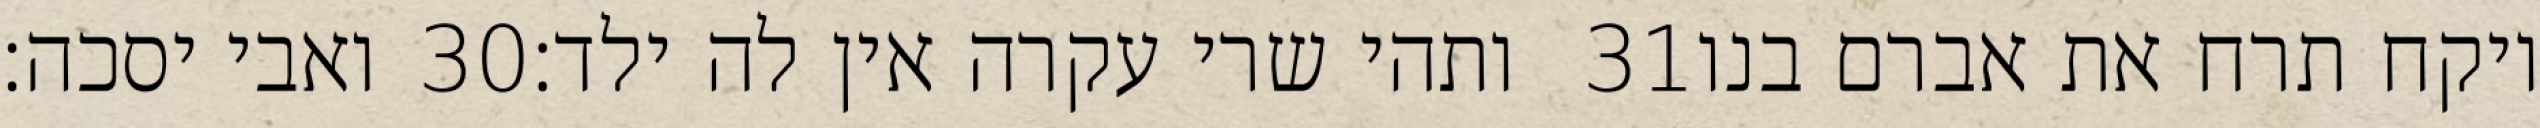
ואבי יסכה׃ ‎30‏ ותהי שרי עקרה אין לה ילד׃ ‎31‏ ויקח תרח את אברם בנו